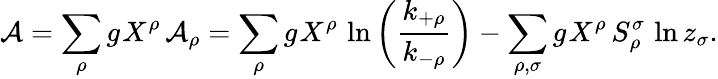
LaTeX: \mathcal{A}=\sum_{\rho}g_{\sf}{X}^{\rho}\, \mathcal{A}_{\rho}=\sum_{\rho}g_{\sf}{X}^{\rho}\, \ln\left(\frac{k_{+\rho}}{k_{-\rho}}\right)-\sum_{\rho,\sigma}g_{\sf}{X}^{\rho}\, S_{\rho}^{\sigma}\, \ln z_{\sigma}.